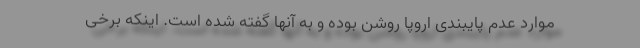
موارد عدم پایبندی اروپا روشن بوده و به آنها گفته شده است. اینکه برخی